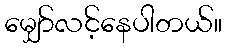
မျှော်လင့်နေပါတယ်။